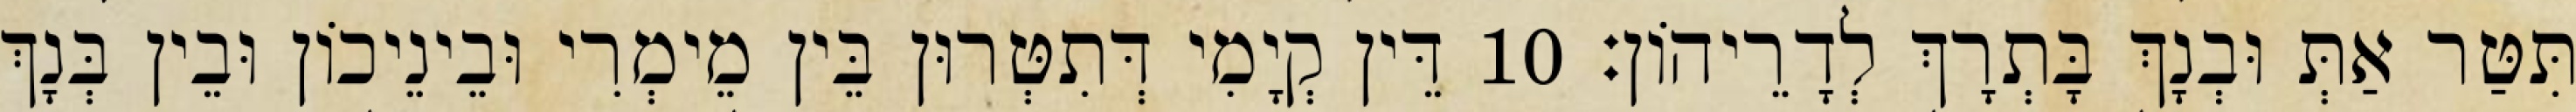
תִּטַּר אַתְּ וּבְנָךְ בָּתְרָךְ לְדָרֵיהוֹן׃ 10 דֵּין קְיָמִי דְּתִטְּרוּן בֵּין מֵימְרִי וּבֵינֵיכוֹן וּבֵין בְּנָךְ